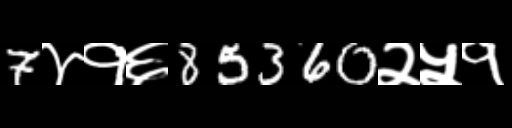
Text: 7४१६85360२५१